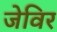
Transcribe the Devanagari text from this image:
जेविर